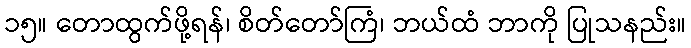
၁၅။ တောထွက်ဖို့ရန်၊ စိတ်တော်ကြံ၊ ဘယ်ထံ ဘာကို ပြုသနည်း။